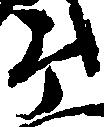
ヶ